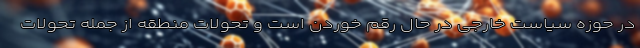
در حوزه سیاست خارجی در حال رقم خوردن است و تحولات منطقه از جمله تحولات